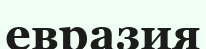
евразия